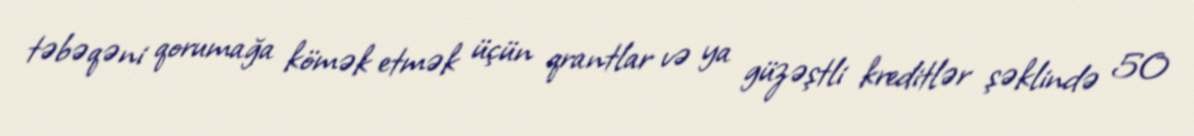
təbəqəni qorumağa kömək etmək üçün qrantlar və ya güzəştli kreditlər şəklində 50